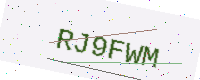
Text: RJ9FWM